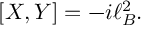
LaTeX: \lbrack X , Y ] = - i \ell _ { B } ^ { 2 } .